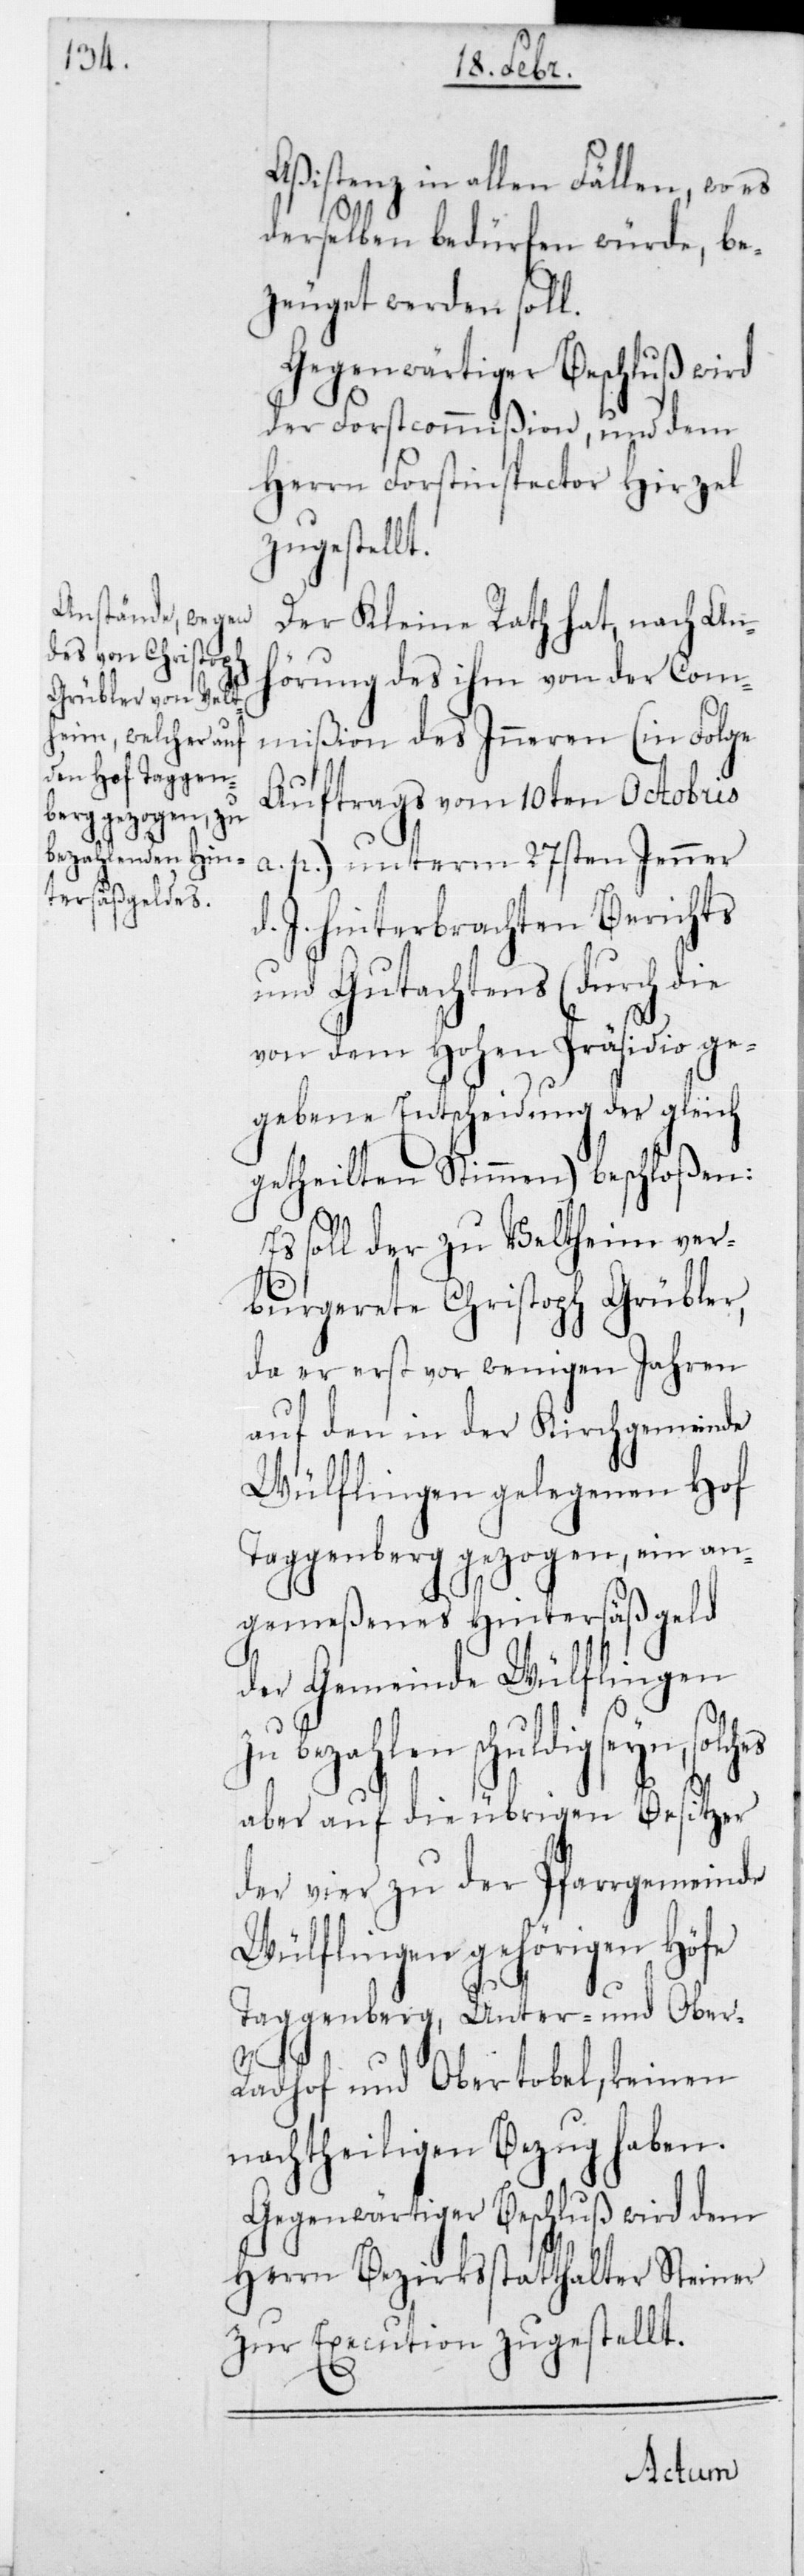
ssistenz in allen Fällen, wo es
derselben bedürfen würde, be¬
zeuget werden soll.
Gegenwärtiger Beschluß wird
der Forstcommißion, und dem
Herrn Forstinspector Hirzel
zugestellt.
Der Kleine Rath hat, nach An¬
hörung des ihm von der Com¬
mißion des Innern (in Folge
Auftrags vom 10ten Octobris
a. p.) unterm 27sten Jenner
J. hinterbrachten Berichts
und Gutachtens (durch die
von dem Hohen Präsidio ge¬
gebene Entscheidung der gleich
getheilten Stimmen) beschloßen:
Es soll der zu Veltheim ver¬
burgerete Christoph Grübler,
da er erst vor wenigen Jahren
auf den in der Kirchgemeinde
Wülflingen gelegenen Hof
Taggenberg gezogen, ein an¬
gemeßenes Hintersäßgeld
der Gemeinde Wülflingen
bezahlen schuldig seyn,
aber auf die übrigen Besitzer
der vier zu der Pfarrgemeinde
Wülflingen gehörigen Höfe
Taggenberg, Unter- und Ober-R¬
A¬
adhof und Obertobel, keinen
nachtheiligen Bezug haben.
Gegenwärtiger Beschluß wird dem
Herrn Bezirksstatthalter Steiner
zur Execution zugestellt.